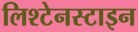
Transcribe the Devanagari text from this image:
लिश्टेनस्टाइन